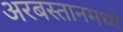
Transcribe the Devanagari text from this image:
अरबस्तानमध्ये